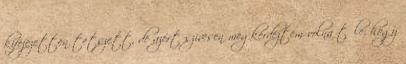
kifejezetten tetszett, de azért szívesen megkérdeztem volna tőle, hogy